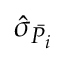
\hat { \sigma } _ { \bar { P _ { i } } }